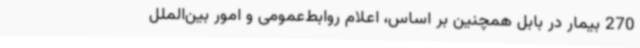
270 بیمار در بابل همچنین بر اساس، اعلام روابط‌عمومی و امور بین‌الملل